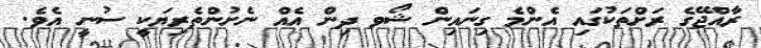
ރާއްޖޭގެ ރަށްތަކުގައި އެންމެ ގިނައިން ޝޯވ ދިން އެއް ނެށުންތެރިޔަކީ ސުނީ އެވެ.